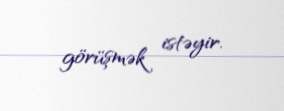
görüşmək istəyir.